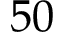
5 0